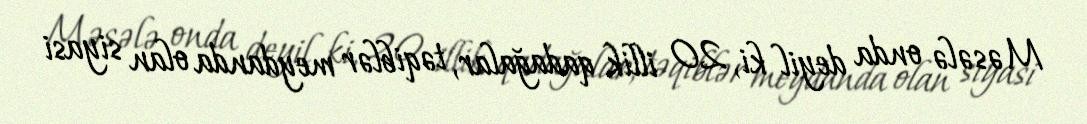
Məsələ onda deyil ki, 20 illik qadağalar, təqiblər meydanda olan siyasi